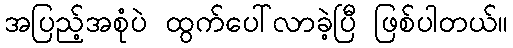
အပြည့်အစုံပဲ ထွက်ပေါ်လာခဲ့ပြီ ဖြစ်ပါတယ်။